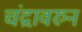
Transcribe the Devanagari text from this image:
चंद्रावरुन